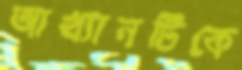
আখ্যানটিকে